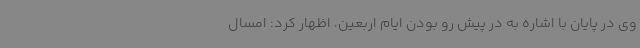
وی در پایان با اشاره به در پیش رو بودن ایام اربعین، اظهار کرد: امسال